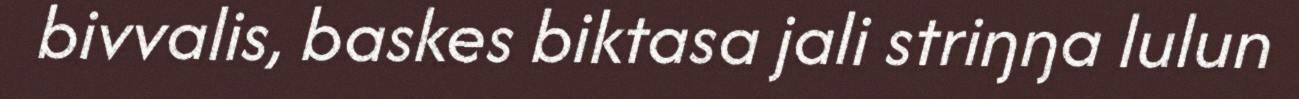
bivvalis, baskes biktasa jali striŋŋa lulun